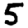
Digit: 5